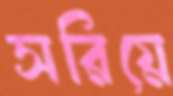
সরিয়ে